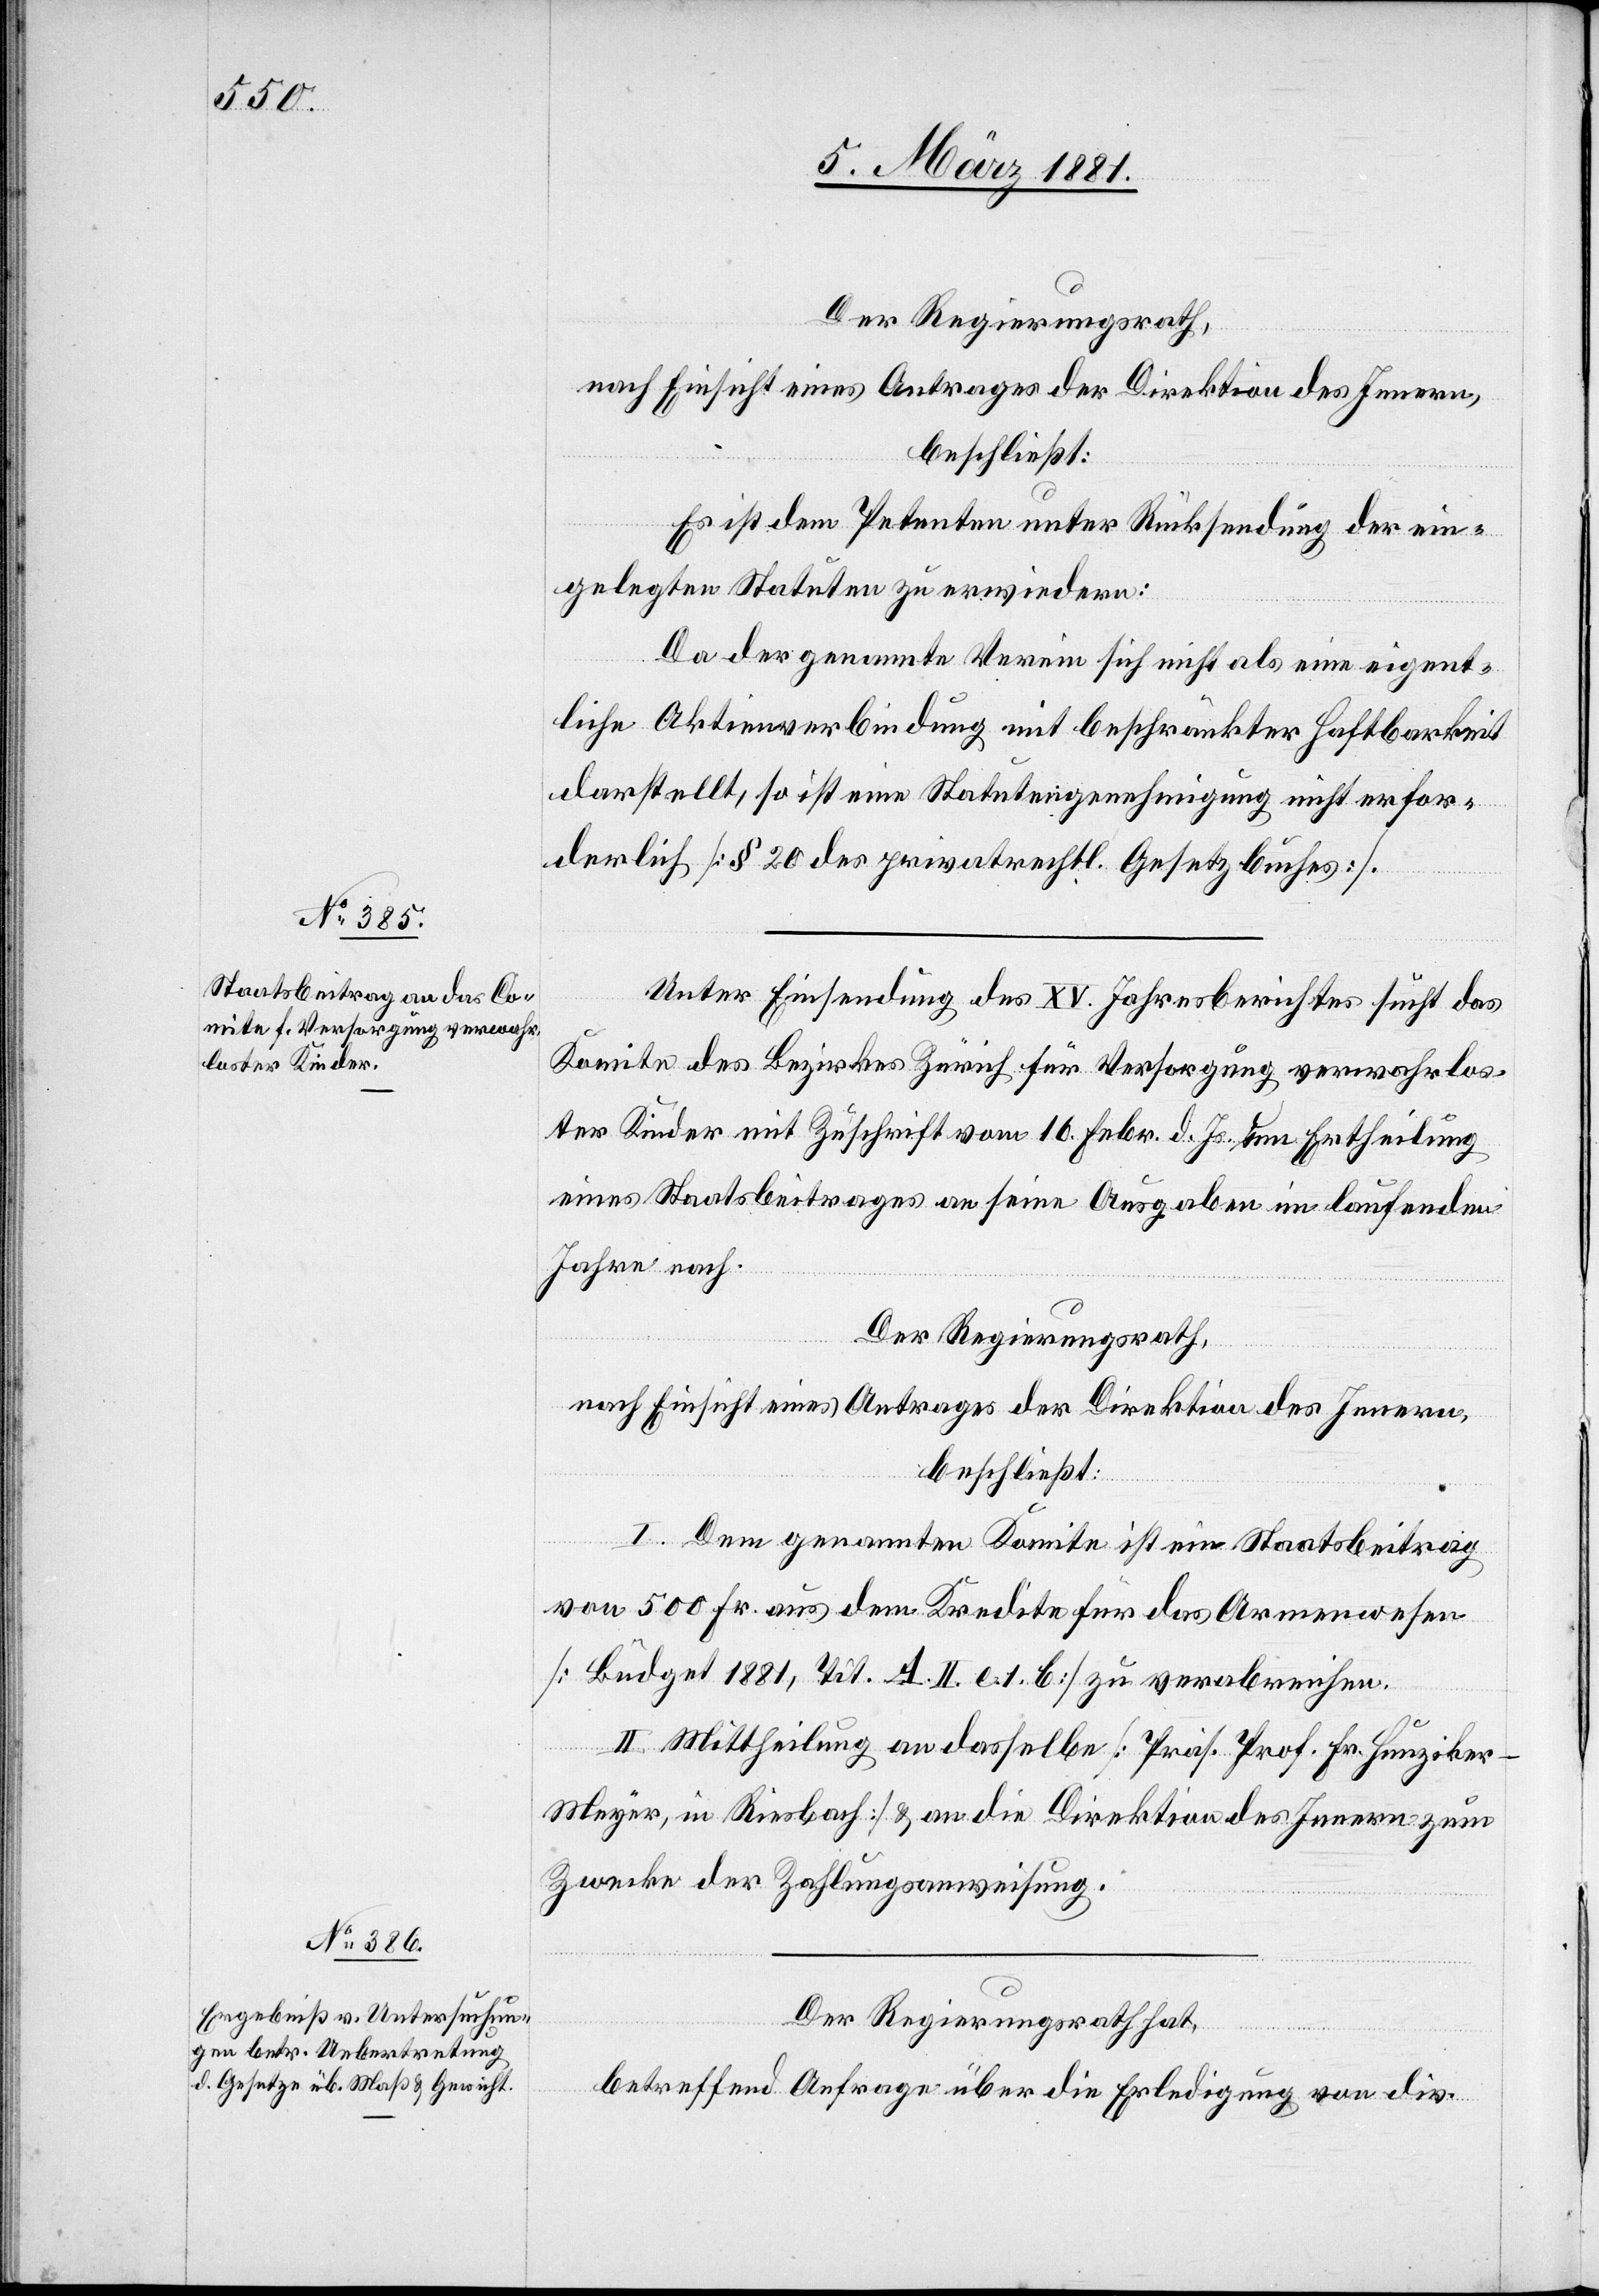
Der Regierungsrath,
nach Einsicht eines Antrages der Direktion des Innern,
beschließt:
Es ist dem Petenten unter Rücksendung der ein¬
gelegten Statuten zu erwiedern:
Da der genannte Verein sich nicht als eine eigent¬
liche Aktienverbindung mit beschränkter Haftbarkeit
darstellt, so ist eine Statutengenehmigung nicht erfor¬
derlich [§ 20 des privatrechtl. Gesetzbuches].
Unter Einsendung des XV. Jahresberichtes sucht das
Komitee des Bezirkes Zürich für Versorgung verwahrlos¬
ter Kinder mit Zuschrift vom 16. Febr. d. Js. um Ertheilung
eines Staatsbeitrages an seine Ausgaben im laufenden
Jahre nach.
Der Regierungsrath,
nach Einsicht eines Antrages der Direktion des Innern,
beschließt:
I. Dem genannten Komitee ist ein Staatsbeitrag
von 500 Fr. aus dem Kredite für das Armenwesen
[Büdget 1881, Tit. A. II. e. 1. b] zu verabreichen.
II. Mittheilung an dasselbe [Präs. Prof. Fr. Hunziker-M¬
eyer, in Riesbach] & an die Direktion des Innern zum
Zwecke der Zahlungsanweisung.
Der Regierungsrath hat,
betreffend Anfrage über die Erledigung von div.